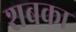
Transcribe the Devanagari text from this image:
शबका